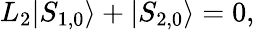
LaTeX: L_{2}|S_{1,0}\rangle+|S_{2,0}\rangle=0,